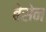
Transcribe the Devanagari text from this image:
बेसेन